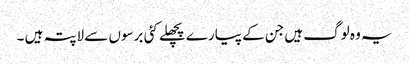
یہ وہ لوگ ہیں جن کے پیارے پچھلے کئی برسوں سے لاپتہ ہیں ۔